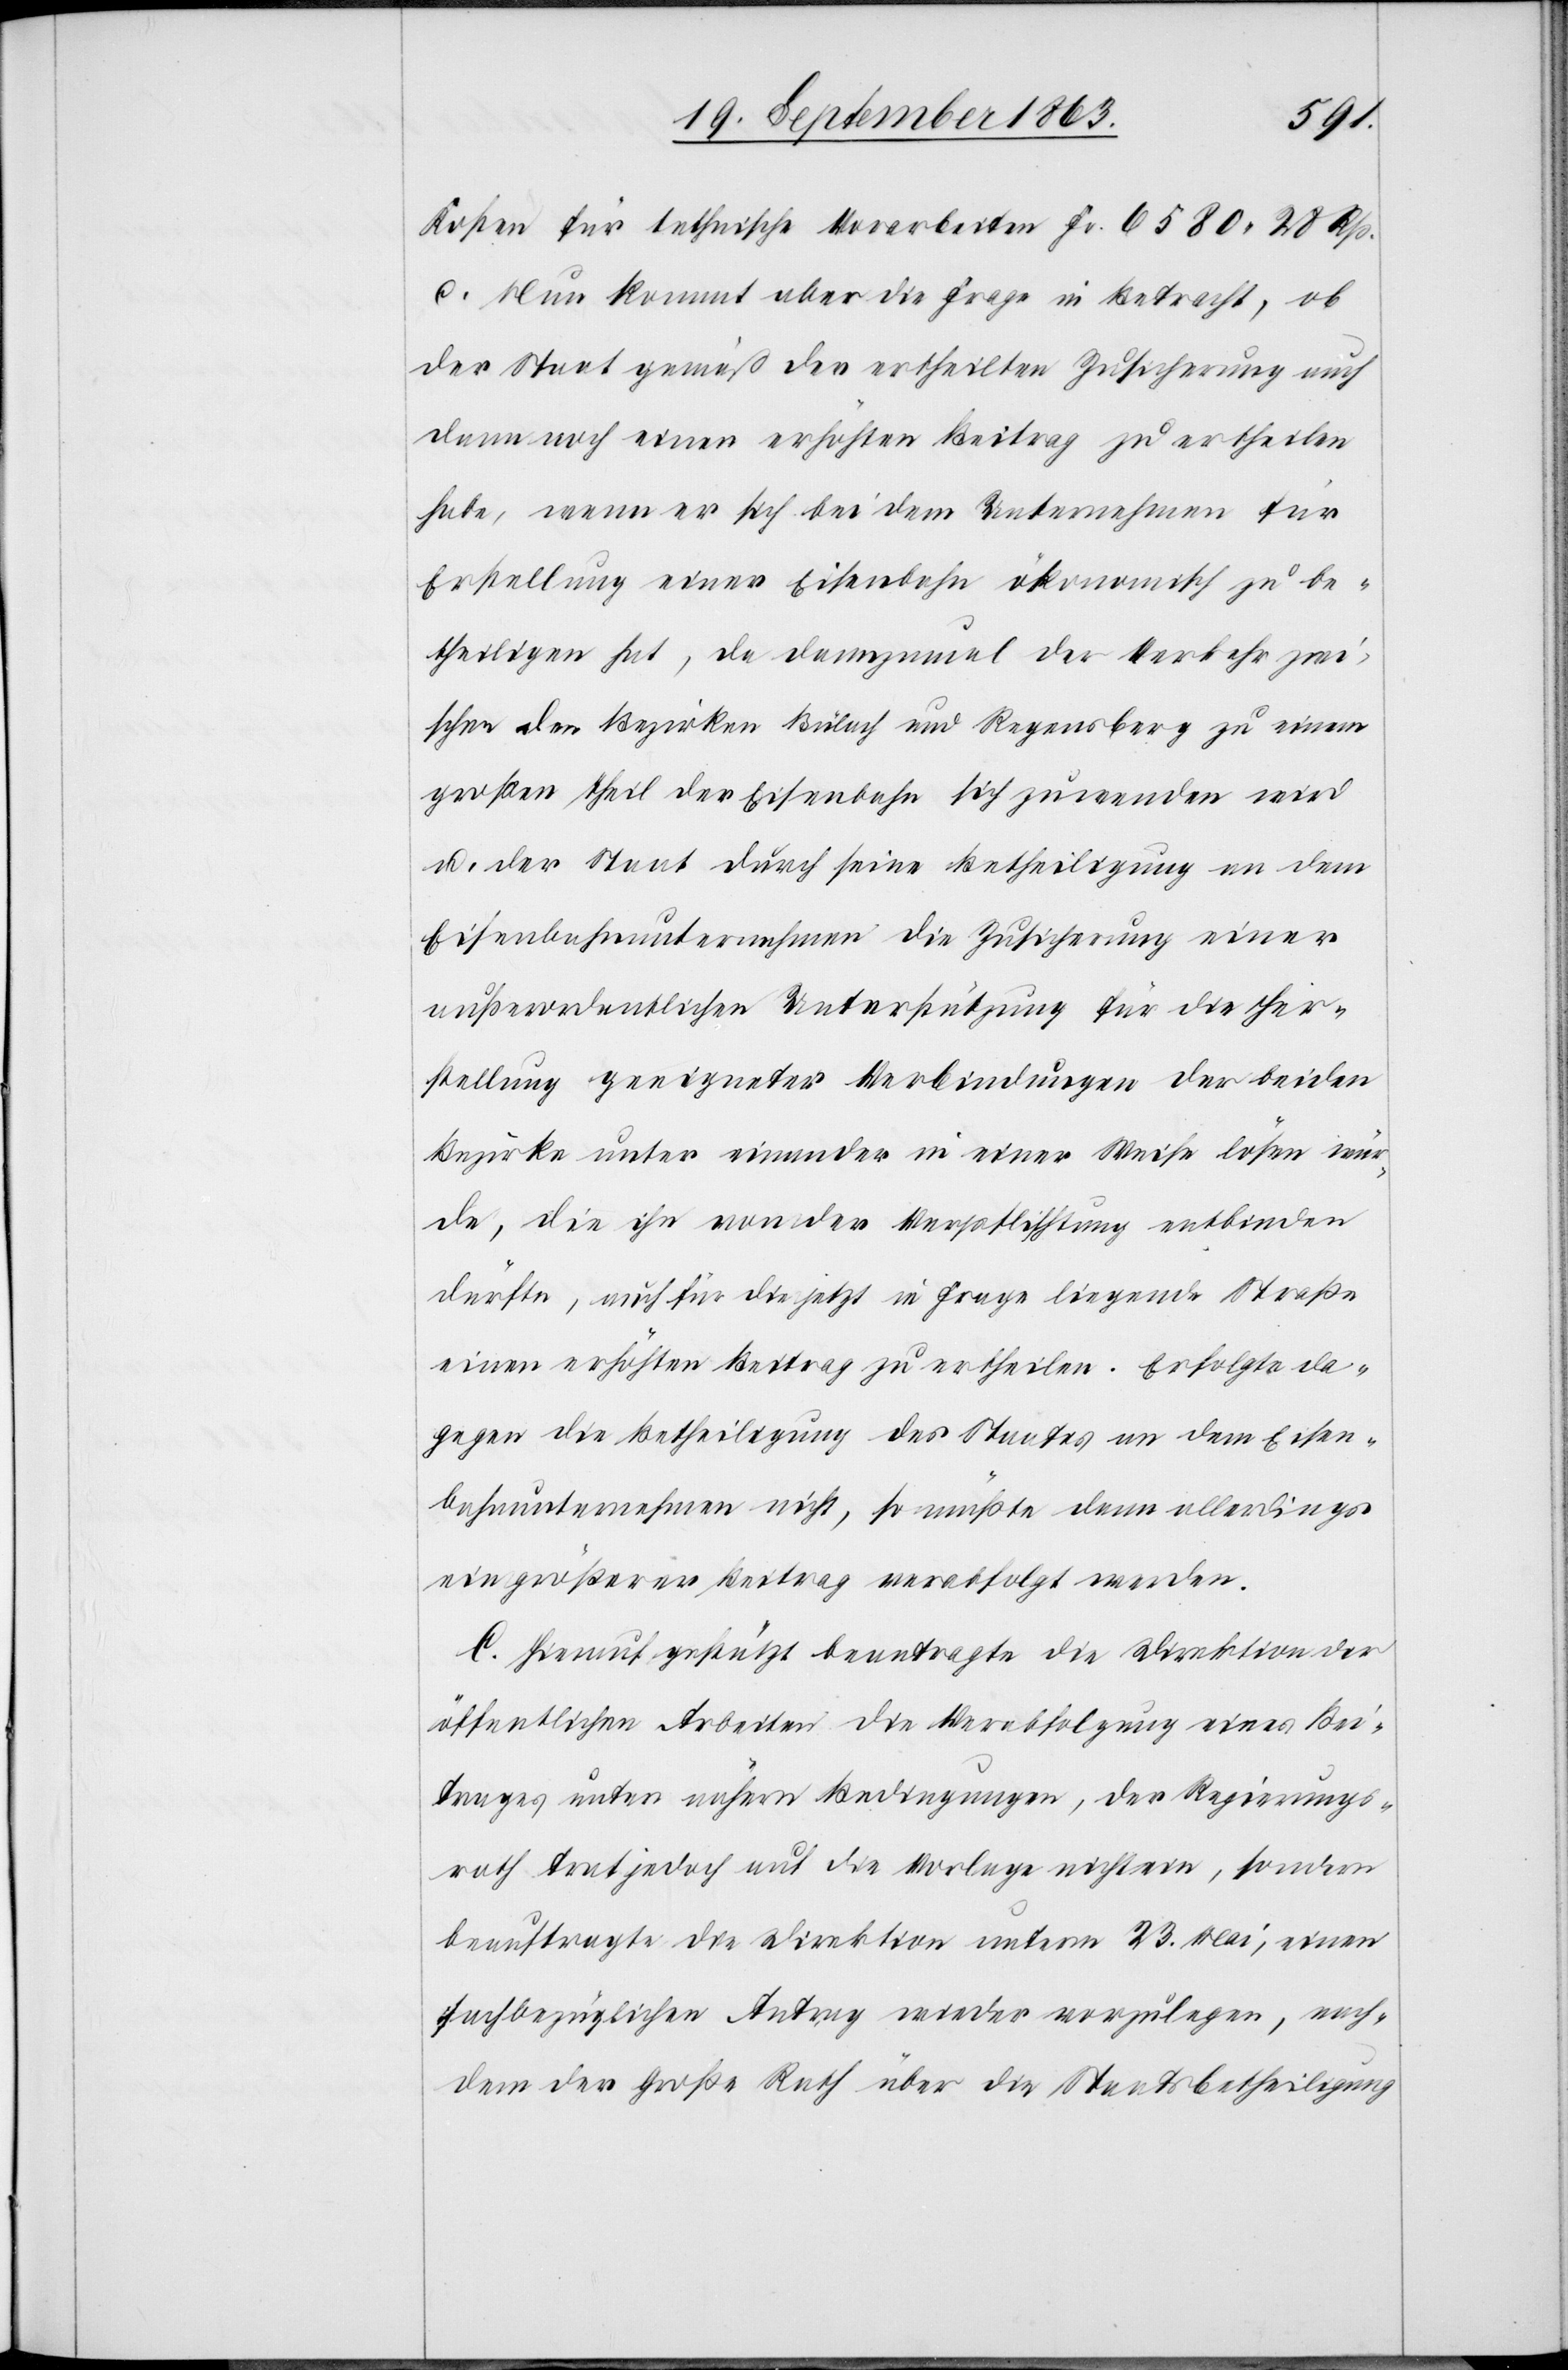
Kosten für technische Vorarbeiten Fr. 6580. 28 Rp.
c. Nun kommt aber die Frage in Betracht, ob
der Staat gemäß der ertheilten Zusicherung auch
dann noch einen erhöhten Beitrag zu ertheilen
habe, wenn er sich bei dem Unternehmen für
Erstellung einer Eisenbahn ökonomisch zu be¬
theiligen hat, da dannzumal der Verkehr zwi¬
schen den Bezirken Bülach und Regensberg zu einem
großen Theil der Eisenbahn sich zuwenden wird
u. der Staat durch seine Betheiligung an dem
Eisenbahnunternehmen die Zusicherung einer
außerordentlichen Unterstützung für die Her¬
stellung geeigneter Verbindungen der beiden
Bezirke unter einander in einer Weise lösen wür¬
de, die ihn von der Verpflichtung entbinden
dürfte, auch für die jetzt in Frage liegende Straße
einen erhöhten Beitrag zu ertheilen. Erfolgte da¬
gegen die Betheiligung des Staates an dem Eisen¬
bahnunternehmen nicht, so müßte dann allerdings
ein größerer Beitrag verabfolgt werden.
C. Hierauf gestützt beantragte die Direktion der
öffentlichen Arbeiten die Verabfolgung eines Bei¬
trages unter nähern Bedingungen, der Regierungs¬
rath trat jedoch auf die Vorlage nicht ein, sondern
beauftragte die Direktion unterm 23. Mai, einen
sachbezüglichen Antrag wieder vorzulegen, nach¬
dem der Große Rath über die Staatsbetheiligung